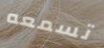
تسمعه